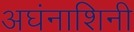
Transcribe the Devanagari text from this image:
अघंनाशिनी